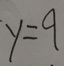
y = 9